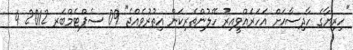
"ހިރިޔާގެ ހާދިސާއަށް އަހަރެއްވީއިރު ހޭލުންތެރިކަން އިތުރުވެއްޖެ" 09 ސެޕްޓެމްބަރ 2012 4